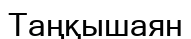
Таңқышаян